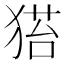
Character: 𤠂